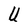
Character: U